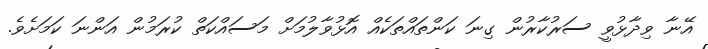
އޭނާ ވިދާޅުވީ ސަރުކާރުން ގިނަ ކަންތައްތަކެއް އޮޅުވާލުމަށް މަސައްކަތް ކުރަމުން އަންނަ ކަމަށެވެ.